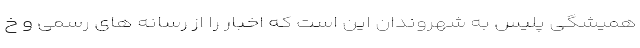
همیشگی پلیس به شهروندان این است که اخبار را از رسانه های رسمی و خ